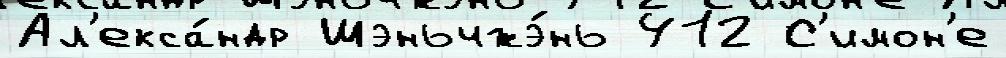
Ал'екса́ндр Шэньчжэ́нь 412 С'имон'е